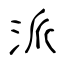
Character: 派